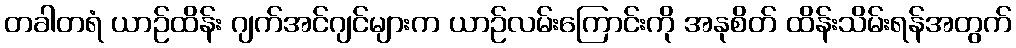
တခါတရံ ယာဉ်ထိန်း ဂျက်အင်ဂျင်များက ယာဉ်လမ်းကြောင်းကို အနုစိတ် ထိန်းသိမ်းရန်အတွက်